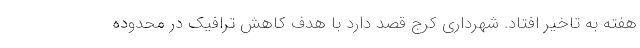
هفته به تاخیر افتاد. شهرداری کرج قصد دارد با هدف کاهش ترافیک در محدوده